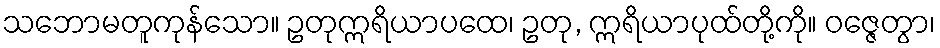
သဘောမတူကုန်သော။ ဥတုဣရိယာပထေ၊ ဥတု, ဣရိယာပုထ်တို့ကို။ ဝဇ္ဇေတွာ၊